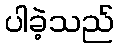
ပါခဲ့သည်